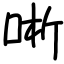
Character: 唽